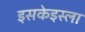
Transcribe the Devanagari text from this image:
इसकेइस्ला